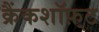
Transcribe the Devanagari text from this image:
क्रैंकशॉफ़्ट